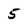
Character: 5